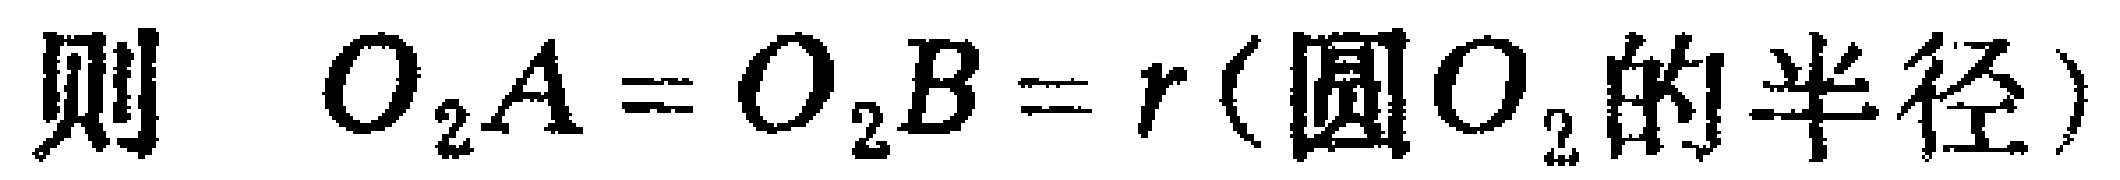
则 \(O_{2}A = O_{2}B = r(\text{圆}O_{2}\text{的半径})\)